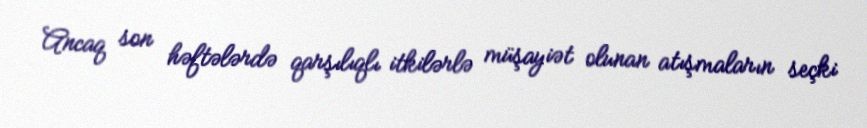
Ancaq son həftələrdə qarşılıqlı itkilərlə müşayiət olunan atışmaların seçki